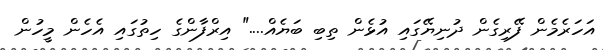
އަހަރެމެން ފޭރިގެން ދުނިޔޭގައި އުޅެން ތިބި ބަޔެއް...." އިރްފާންގެ ހިތުގައި އެހެން މީހުން